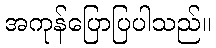
အကုန်ပြောပြပါသည်။